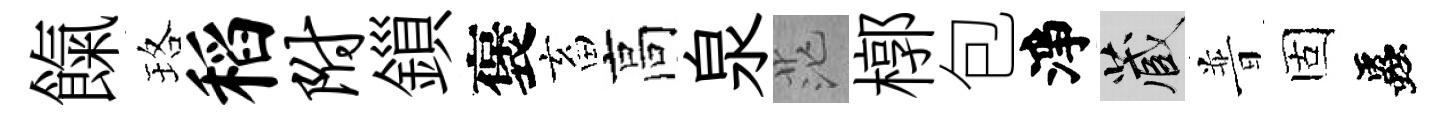
餼珞稻附鎻褒畜高泉茫槨包淨藏普固蟲